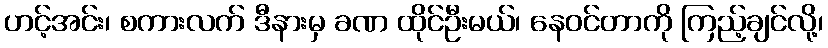
ဟင့်အင်း၊ စကားလက် ဒီနားမှ ခဏ ထိုင်ဦးမယ်၊ နေဝင်တာကို ကြည့်ချင်လို့၊